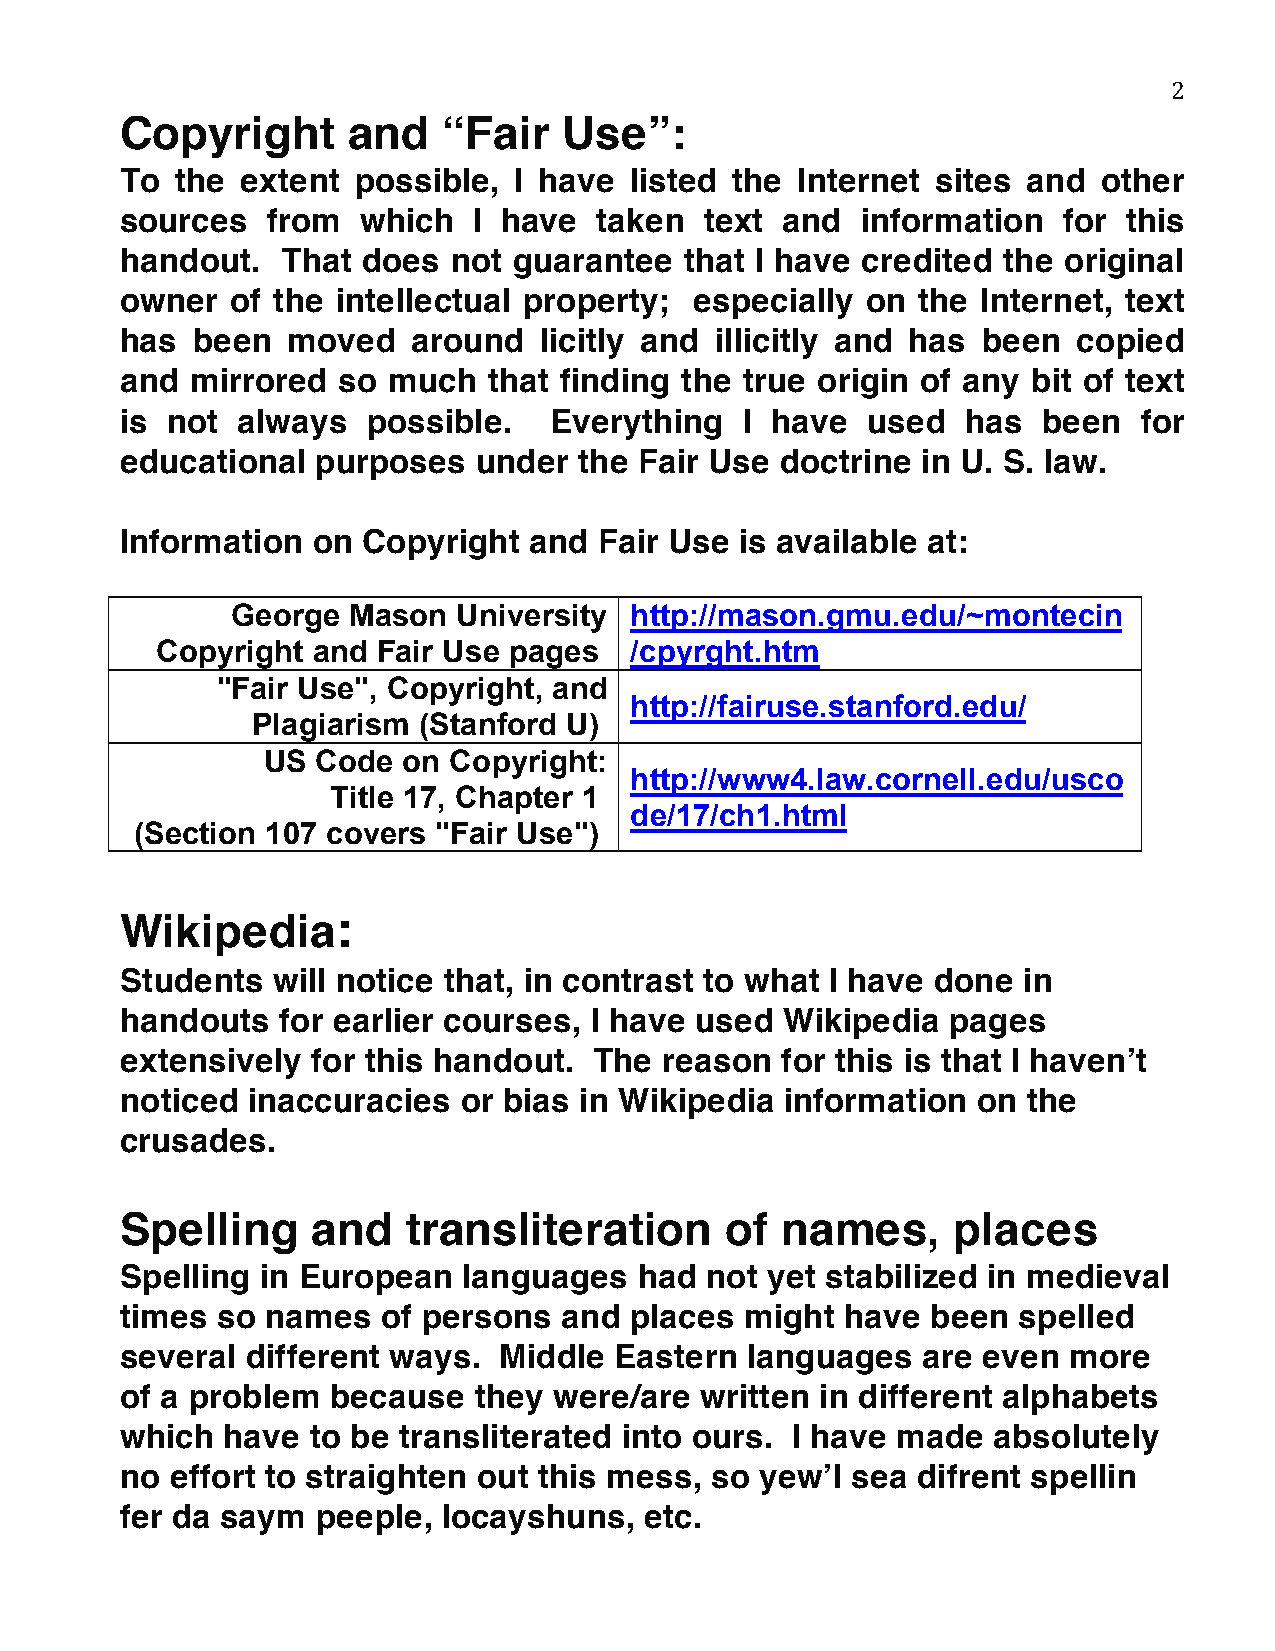
2
 Copyright      and   “Fair   Use”:
 To  the extent possible,  I have  listed the Internet sites and  other
 sources   from  which  I have   taken  text and  information  for  this
 handout.   That does  not guarantee  that I have credited the original
 owner  of the intellectual property;  especially on  the Internet, text
 has  been  moved   around   licitly and illicitly and has been copied
 and  mirrored so  much  that finding the true origin of any bit of text
 is not  always  possible.   Everything   I have  used   has  been   for
 educational  purposes  under  the Fair Use  doctrine in U. S. law.
 Information  on Copyright  and  Fair Use is available at:
 George  Mason  University  http://mason.gmu.edu/~montecin
 Copyright  and Fair Use pages   /cpyrght.htm
 "Fair Use", Copyright, and
 http://fairuse.stanford.edu/
 Plagiarism (Stanford U)
 US  Code  on Copyright:
 http://www4.law.cornell.edu/usco
 Title 17, Chapter 1
 de/17/ch1.html
 (Section 107 covers "Fair Use")
 Wikipedia:
 Students  will notice that, in contrast to what I have done in
 handouts  for earlier courses, I have used  Wikipedia  pages
 extensively  for this handout. The  reason  for this is that I haven’t
 noticed inaccuracies   or bias in Wikipedia information  on the
 crusades.
 Spelling     and   transliteration      of  names,     places
 Spelling in European   languages  had  not yet stabilized in medieval
 times so  names  of persons  and  places might  have  been spelled
 several different ways.  Middle  Eastern languages   are even  more
 of a problem  because  they  were/are written in different alphabets
 which  have  to be transliterated into ours. I have made  absolutely
 no effort to straighten out this mess, so yew’l sea  difrent spellin
 fer da saym  peeple, locayshuns,   etc.